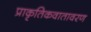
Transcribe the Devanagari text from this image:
प्राकृतिकवातावरण